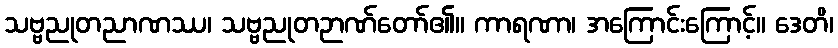
သဗ္ဗညုတညာဏဿ၊ သဗ္ဗညုတဉာဏ်တော်၏။ ကာရဏာ၊ အကြောင်းကြောင့်။ ဒေတိ၊